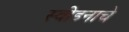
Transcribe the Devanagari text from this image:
स्वीडनाचे